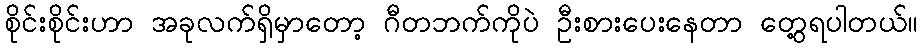
စိုင်းစိုင်းဟာ အခုလက်ရှိမှာတော့ ဂီတဘက်ကိုပဲ ဦးစားပေးနေတာ တွေ့ရပါတယ်။